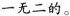
一无二的。